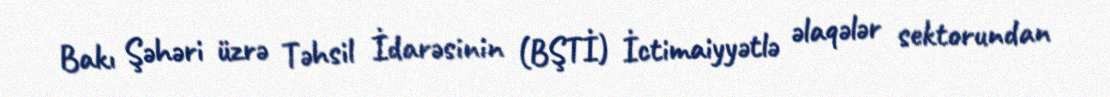
Bakı Şəhəri üzrə Təhsil İdarəsinin (BŞTİ) İctimaiyyətlə əlaqələr sektorundan